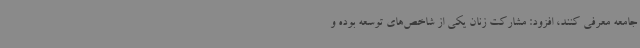
جامعه معرفی کنند، افزود: مشارکت زنان یکی از شاخص‌های توسعه بوده و